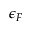
\epsilon _ { F }